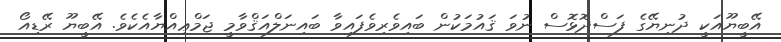
އޭބީޔޫއަކީ ދުނިޔޭގެ ފަސްދޮޅޮސް ނުވަ ޤައުމަކުން ބައިވެރިވެފައިވާ ބައިނަލްއަޤްވާމީ ޖަމްޢިއްޔާއެކެވެ. އޭބީޔޫ ރޭޑިއޯ